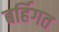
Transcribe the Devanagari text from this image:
बर्हिगत